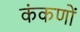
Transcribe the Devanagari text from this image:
कंकणों